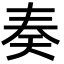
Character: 奏